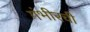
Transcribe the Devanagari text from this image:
गंभीरची